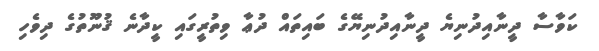
ކަވާސާ ދީނާއިދުނިޔެ ދީނާއިދުނިޔޭގެ ބައިތައް ދުޢާ ވިތުރީގައި ކީދާނެ ޤުނޫތުގެ ދިވެހި